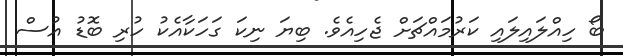
ބޯ ހިއްލައިލައި ކަރުމައްޗަށް ޖެހިއެވެ. ބިޔަ ނިކަ ގަހަކާއެކު ހުރި ބޮޑު އުސް